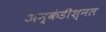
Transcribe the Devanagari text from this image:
अन्कंडीश्नल